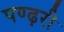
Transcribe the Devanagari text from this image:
पण्ढ़री